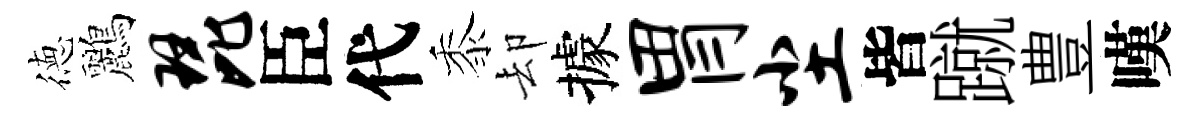
徳鸝琵臣代黍却據胃尘皆蹴豊嘆